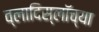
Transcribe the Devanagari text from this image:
व्लादिस्लॉच्या